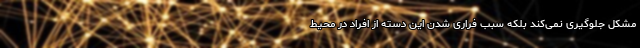
مشکل جلوگیری نمی‌کند بلکه سبب فراری شدن این دسته از افراد در محیط